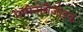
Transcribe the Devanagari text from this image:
एमीनोबैंजोइक